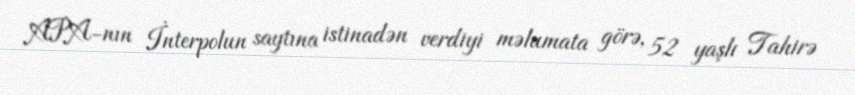
APA-nın İnterpolun saytına istinadən verdiyi məlumata görə, 52 yaşlı Tahirə